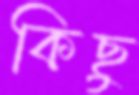
কিছু